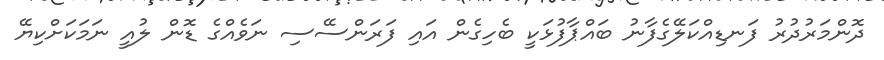
ދޮންމަރުދުރު ފަނޑިއްކަލޭގެފާނު ބައްޕާފުޅަކީ ބެހިގެން އައި ފަރަންސޭސި ނަވެއްގެ ޑޮން ލުއީ ނަމަކަށްކިޔޭ